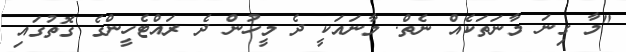
"މާ ގިނަ މާނަތަކެއް ނެތް. މާނައަކީ ދެ މީހުން ދެ ރައްޓެހީންގެ ގޮތުގައި